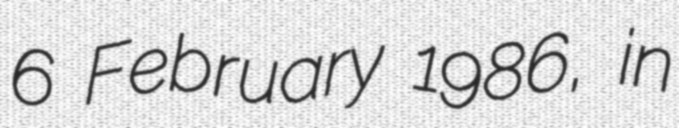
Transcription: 6 February 1986, in